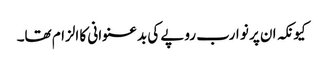
کیونکہ ان پر نو ارب روپے کی بدعنوانی کا الزام تھا۔